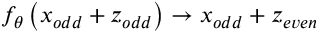
f _ { \theta } \left( x _ { o d d } + z _ { o d d } \right) \rightarrow x _ { o d d } + z _ { e v e n }